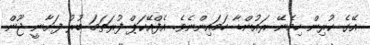
އޭގެ ކުރިން ހިމެނޭ ރައުންޑާ ހަމައިންނެވެ. އެފްއޭކަޕް ފުރަތަމަ ބުރު ފަށާނީ ޖޫން